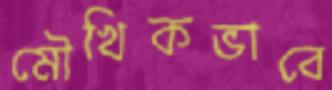
মৌখিকভাবে